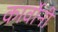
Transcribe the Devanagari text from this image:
कार्वोनी